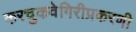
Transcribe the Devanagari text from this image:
करचुकवेगिरीप्रकरणी